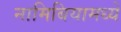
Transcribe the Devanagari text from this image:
नामिबियामध्ये